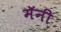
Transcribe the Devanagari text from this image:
मॅनी